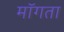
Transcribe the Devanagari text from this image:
माॅगता